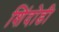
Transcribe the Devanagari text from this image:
शिंदोडी